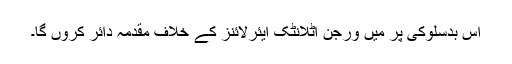
اس بدسلوکی پر میں ورجن اٹلانٹک ایئرلائنز کے خلاف مقدمہ دائر کروں گا۔